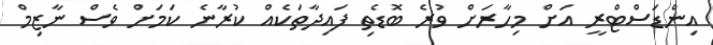
އިންޑަސްޓްރީ އަށް މިހާރަށް ވުރެ ބޮޑެތި ފައިދާތަކެއް ކުރާނެ ކަމަށް ވެސް ނާޒިމް